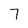
Character: 7